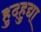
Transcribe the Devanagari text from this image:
हुदहुद्या